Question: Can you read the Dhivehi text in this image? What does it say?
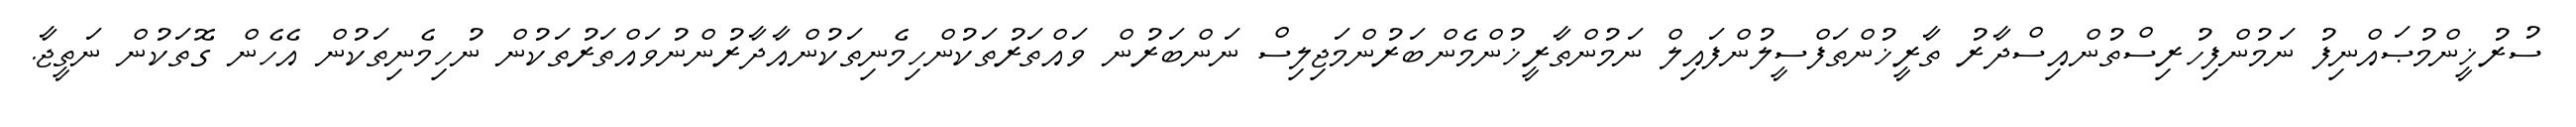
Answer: ސުރުޚީންމުޞައްނިފު ނަމުންފިހުރިސްތުންއިސްދާރު ތާރީޚުންތަފްސީލުންފައިލް ނަމުންތާރީޚުންމެންބަރުންމަޖިލިސް ނަންބަރުން ވައްތަރުތަކުންހިމެނިތަކުންއާދާރުންނުވައްތަރުތަކުން ނުހިމެނިތަކުން އެހެން ގޮތަކުން ނަތީޖާ.